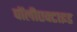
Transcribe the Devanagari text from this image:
पॉलीएक्टाइड